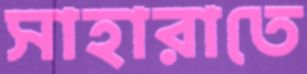
সাহারাতে